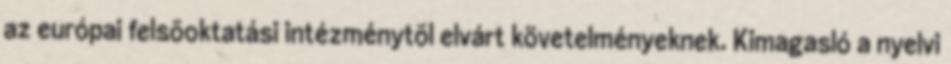
az európai felsõoktatási intézménytõl elvárt követelményeknek. Kimagasló a nyelvi